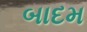
બાદમ